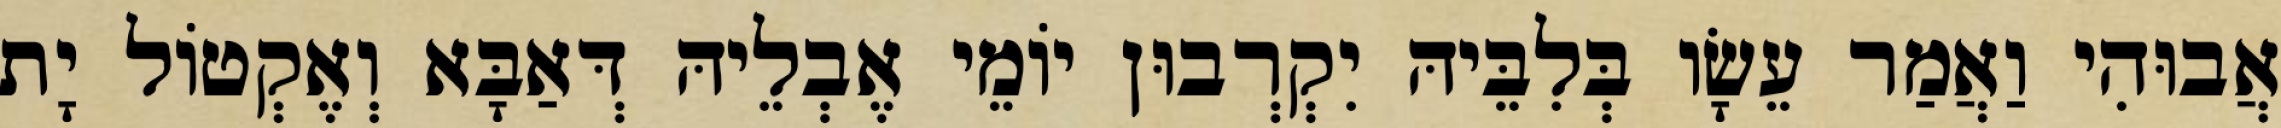
אֲבוּהִי וַאֲמַר עֵשָׂו בְּלִבֵּיהּ יִקְרְבוּן יוֹמֵי אֶבְלֵיהּ דְּאַבָּא וְאֶקְטוֹל יָת